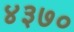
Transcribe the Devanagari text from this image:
४३७०